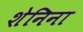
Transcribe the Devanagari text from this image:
शेनिना